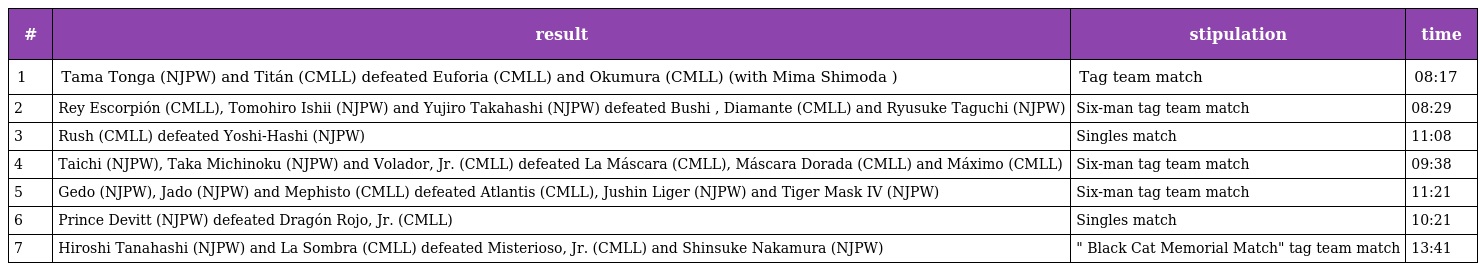
| # | result | stipulation | time |
 | --- | --- | --- | --- |
 | 1 | Tama Tonga (NJPW) and Titán (CMLL) defeated Euforia (CMLL) and Okumura (CMLL) (with Mima Shimoda ) | Tag team match | 08:17 |
 | 2 | Rey Escorpión (CMLL), Tomohiro Ishii (NJPW) and Yujiro Takahashi (NJPW) defeated Bushi , Diamante (CMLL) and Ryusuke Taguchi (NJPW) | Six-man tag team match | 08:29 |
 | 3 | Rush (CMLL) defeated Yoshi-Hashi (NJPW) | Singles match | 11:08 |
 | 4 | Taichi (NJPW), Taka Michinoku (NJPW) and Volador, Jr. (CMLL) defeated La Máscara (CMLL), Máscara Dorada (CMLL) and Máximo (CMLL) | Six-man tag team match | 09:38 |
 | 5 | Gedo (NJPW), Jado (NJPW) and Mephisto (CMLL) defeated Atlantis (CMLL), Jushin Liger (NJPW) and Tiger Mask IV (NJPW) | Six-man tag team match | 11:21 |
 | 6 | Prince Devitt (NJPW) defeated Dragón Rojo, Jr. (CMLL) | Singles match | 10:21 |
 | 7 | Hiroshi Tanahashi (NJPW) and La Sombra (CMLL) defeated Misterioso, Jr. (CMLL) and Shinsuke Nakamura (NJPW) | " Black Cat Memorial Match" tag team match | 13:41 |